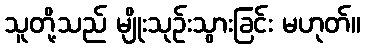
သူတို့သည် မျိုးသုဉ်းသွားခြင်း မဟုတ်။